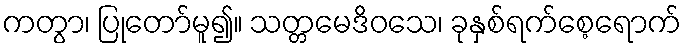
ကတွာ၊ ပြုတော်မူ၍။ သတ္တမေဒိဝသေ၊ ခုနှစ်ရက်စေ့ရောက်